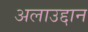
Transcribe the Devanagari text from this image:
अलाउद्दान